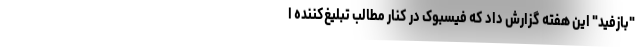
"بازفید" این هفته گزارش داد که فیسبوک در کنار مطالب تبلیغ‌کننده ا